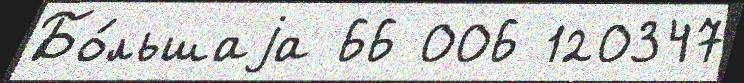
Бо́льшаjа 66 006 120347